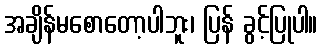
အချိန်မစောတော့ပါဘူး၊ ပြန် ခွင့်ပြုပါ။